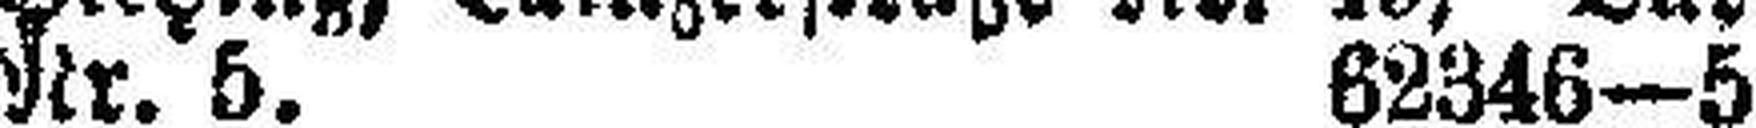
Nr. 5. 62346—5